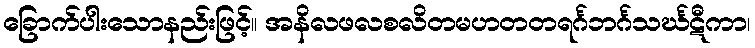
ခြောက်ပါးသောနည်းဖြင့်။ အနိလဖလစလိတမဟတတရင်္ဂဘင်္ဂသင်္ဃဋီကာ၊